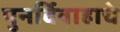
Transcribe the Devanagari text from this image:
पुनर्विवाहाचे